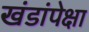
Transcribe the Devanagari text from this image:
खंडांपेक्षा